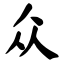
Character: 众